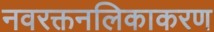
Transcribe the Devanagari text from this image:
नवरक्तनलिकाकरण